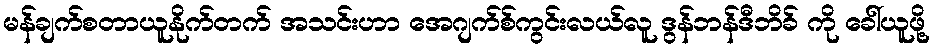
မန်ချက်စတာယူနိုက်တက် အသင်းဟာ အေဂျက်စ်ကွင်းလယ်လူ ဒွန်ဘန်ဒီဘိခ် ကို ခေါ်ယူဖို့